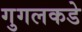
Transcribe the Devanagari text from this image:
गुगलकडे